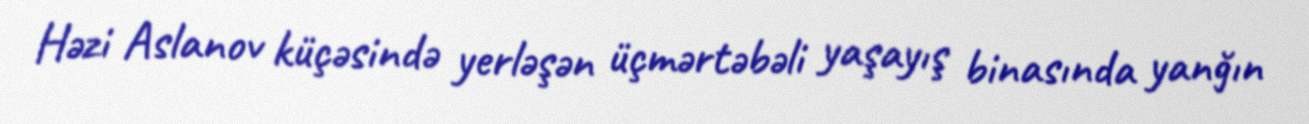
Həzi Aslanov küçəsində yerləşən üçmərtəbəli yaşayış binasında yanğın